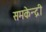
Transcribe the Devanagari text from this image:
समकेन्द्री